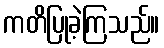
ကတိပြုခဲ့ကြသည်။